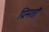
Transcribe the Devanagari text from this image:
ग्रिमशॉ